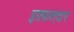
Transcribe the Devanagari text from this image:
इफ़्फ़तदार